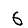
Digit: 6